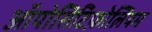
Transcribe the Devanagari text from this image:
ऑपोसिटिफ़ोलियम